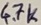
Text: 4.7K